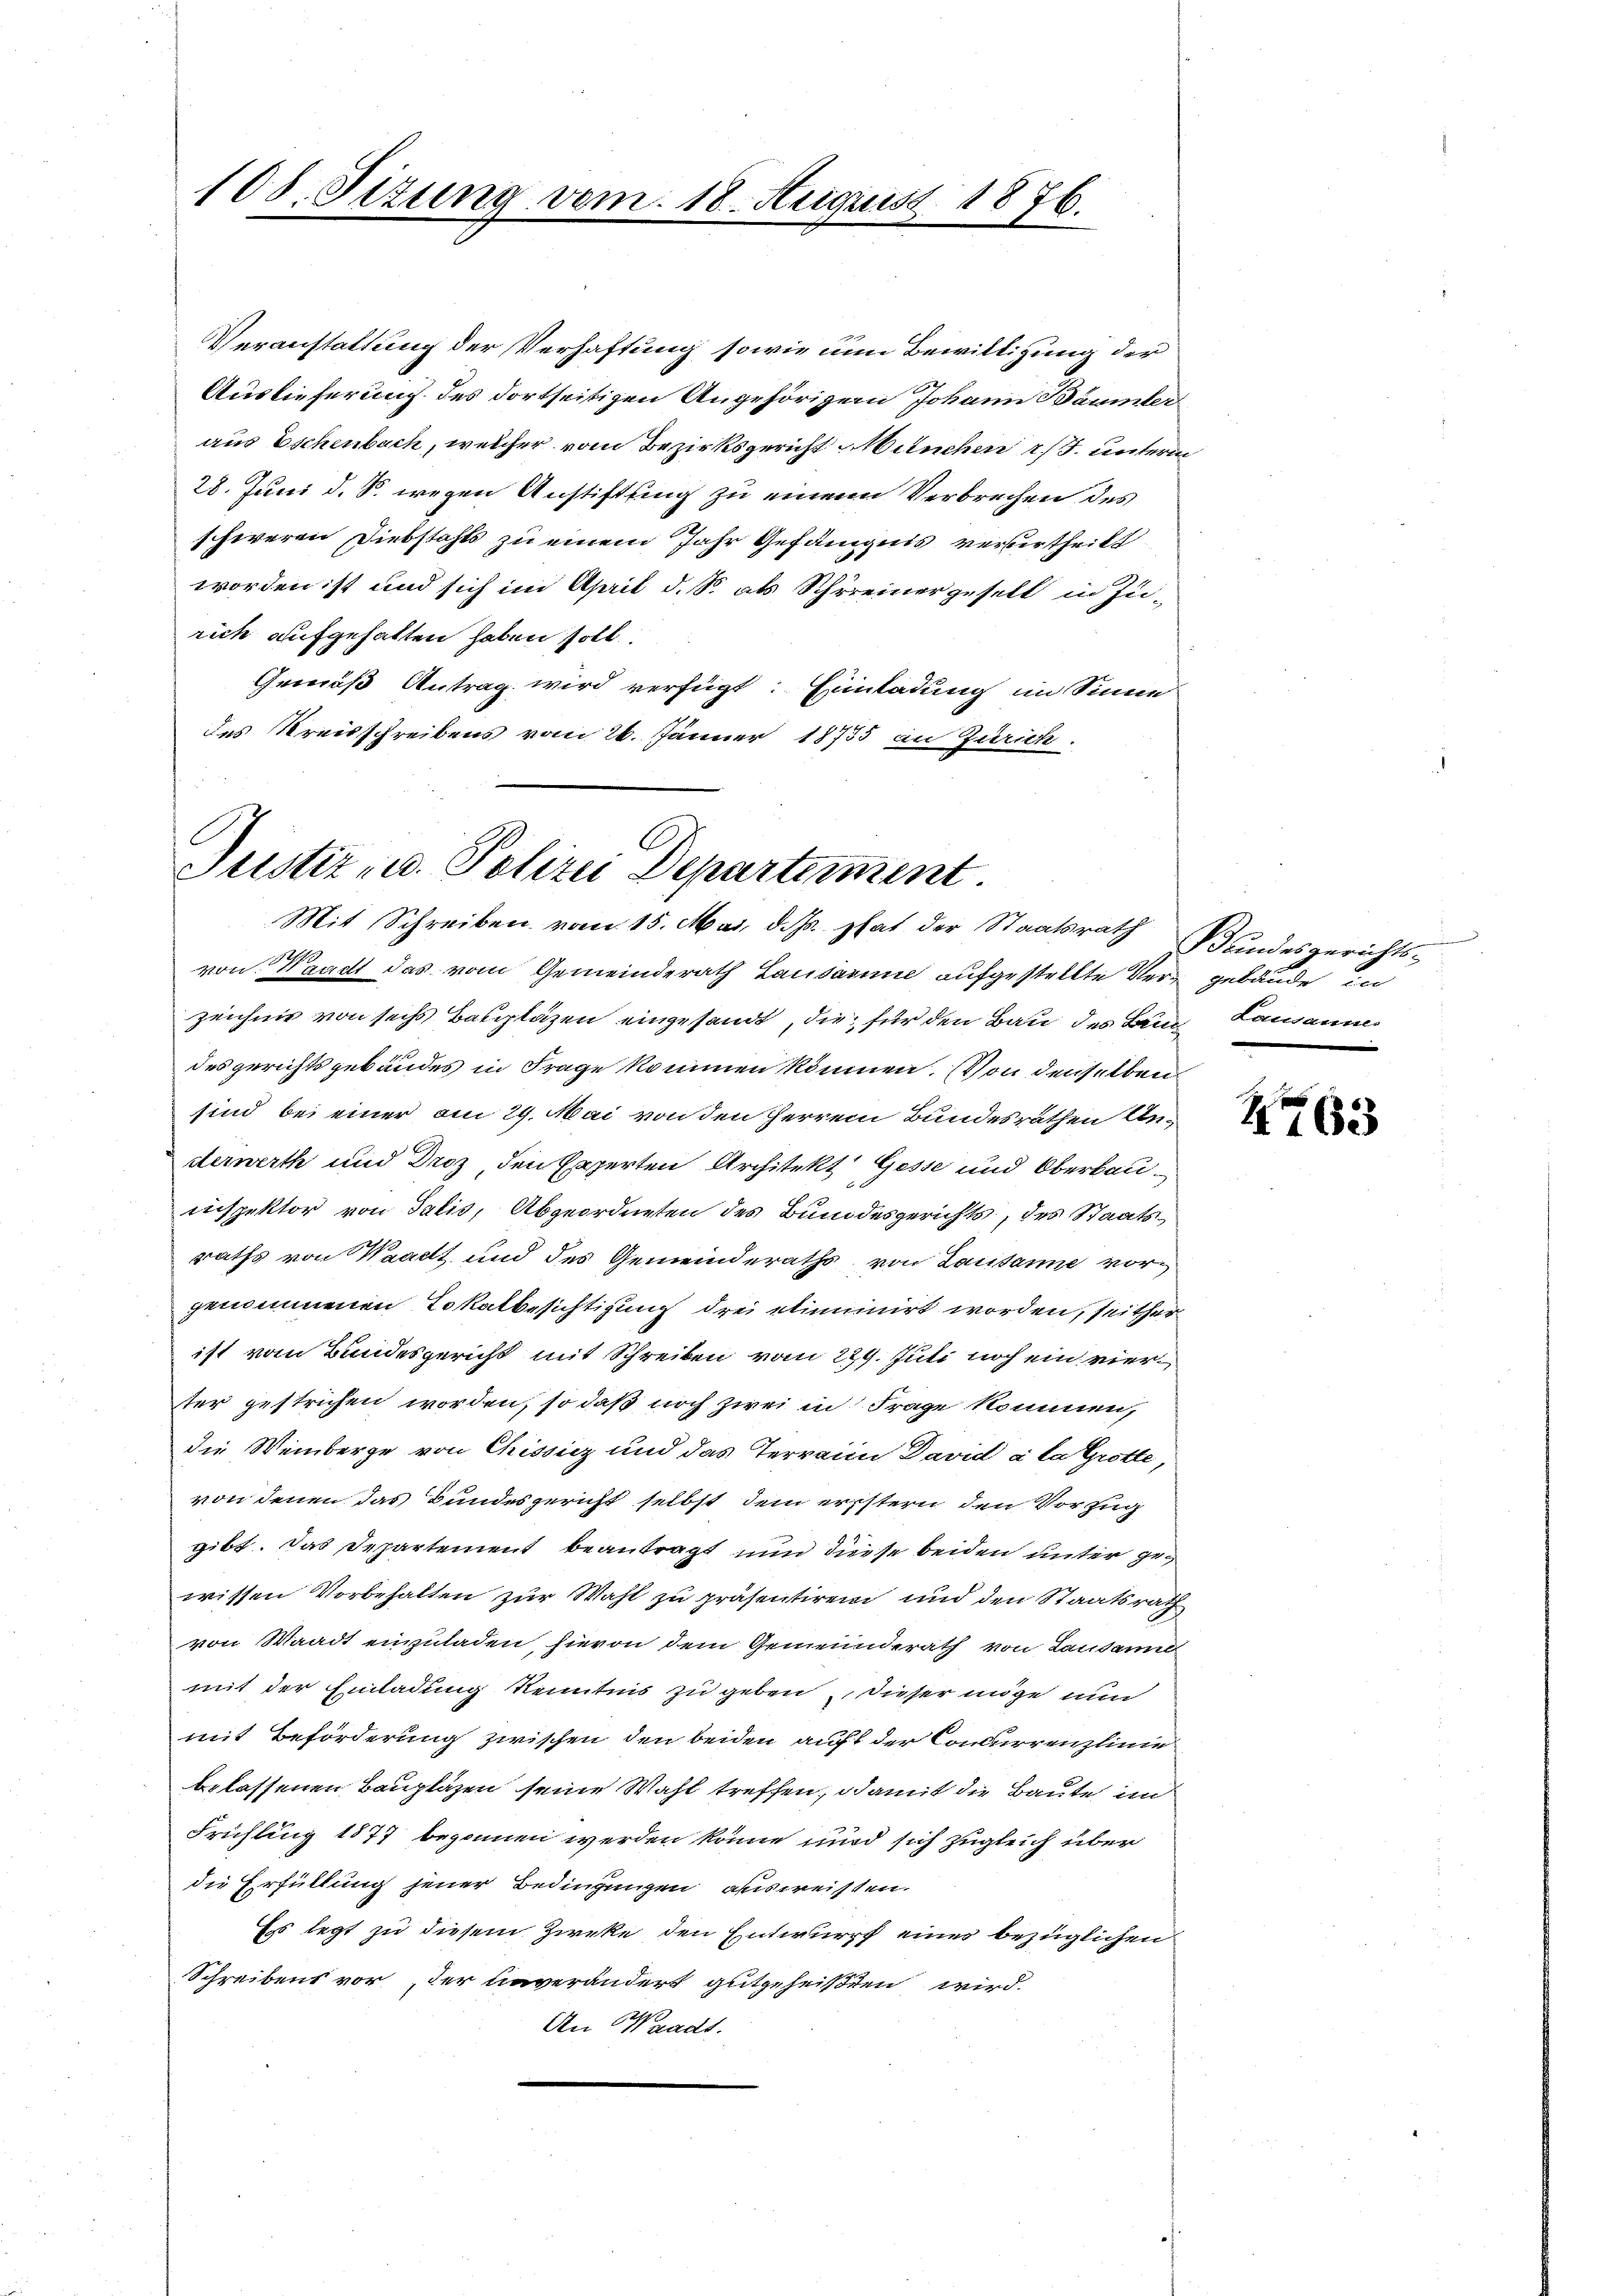
108. Situng vom 18. August 1876.

Veranstattung der Verhaftung sowie um Bewilligung der
Auslieferung des dortseitigen Angehörigern Johann Bäumler
aus Eschenbach, welcher vom Bezirksgericht Mituchen 17. unterm
28. Juni d. S. wegen Anstiftung zu einem Verbrechen des
schweren Diebstahls zu einem Jahr Gefängnis verbertheilt
worden ist und sich im April d. S. als Schreinergesell in Zu-
rich aufgehalten haben soll.
Gemäß Antrag wird verfügt: Einladung im Sinne
des Kreisschreibens vom 26. Jänner 18735 an Zürich.

.
Justiz- u. Polizei Departement
Mit Schreiben vom 15. Mai, d. Js. hat der Staatsrath Wundesgerichts¬

von Waadt das vom Gemeinderath Lausanne aufgestellte Vergebäude in
zeichnis von sechs Baupläzen eingesandt, die für den Bau des Baur Lausannes
desgerichtsgebäudes in Frage kommen können. Von denselben
sind bei einer am 29. Mai von den Herren Bundesrathen Anderwerth und Droz den Experten Architekt Gesse und Oberbauinspektor von Salis, Abgeordneten des Bundesgerichts, des Staatsraths von Waadt und des Gemeinderaths von Lausanne vorgenommenen Lokalbesichtigung drei eliminirt worden, seither
ist vom Bundesgericht mit Schreiben vom 229. Juli noch ein vierter gestrichen worden, so daß noch zwei in Frage kommen,
die Weinberge von Chissicz und das Terrain David à la Grotte,
von denen das Bundesgericht selbst dem erstern den Vorzug
gibt. Das Departement beantragt nun diese beiden unter gewissen Vorbehalten zur Wahl zu präsentiren und den Staatsrath
von Waadt einzuladen, hievon dem Gemeinderath von Lausanne
mit der Einladung kenntnis zu geben, dieser möge nun
mit Beförderung zwischen den beiden auf der Concurrenzlinie
belassenen Baupläzen seine Wahl treffen, damit die Baute im
Frühling 1877 begonnen werden könne und sich zugleich über
die Erfüllung jener Bedingungen ausweisten.
Es legt zu diesem Zirke den Entwurf einer bezüglichen
Schreibens vor der unverändert gutgeheißten wird.
An Waadt.

ofen

263